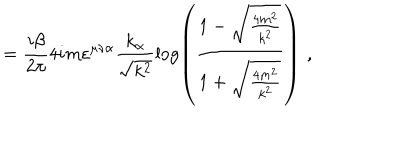
LaTeX: = \frac { i \beta } { 2 \pi } 4 i m \varepsilon ^ { \mu \nu \alpha } \frac { k _ { \alpha } } { \sqrt { k ^ { 2 } } } \log \left( \frac { 1 - \sqrt { \frac { 4 m ^ { 2 } } { k ^ { 2 } } } } { 1 + \sqrt { \frac { 4 m ^ { 2 } } { k ^ { 2 } } } } \right) \, \, ,